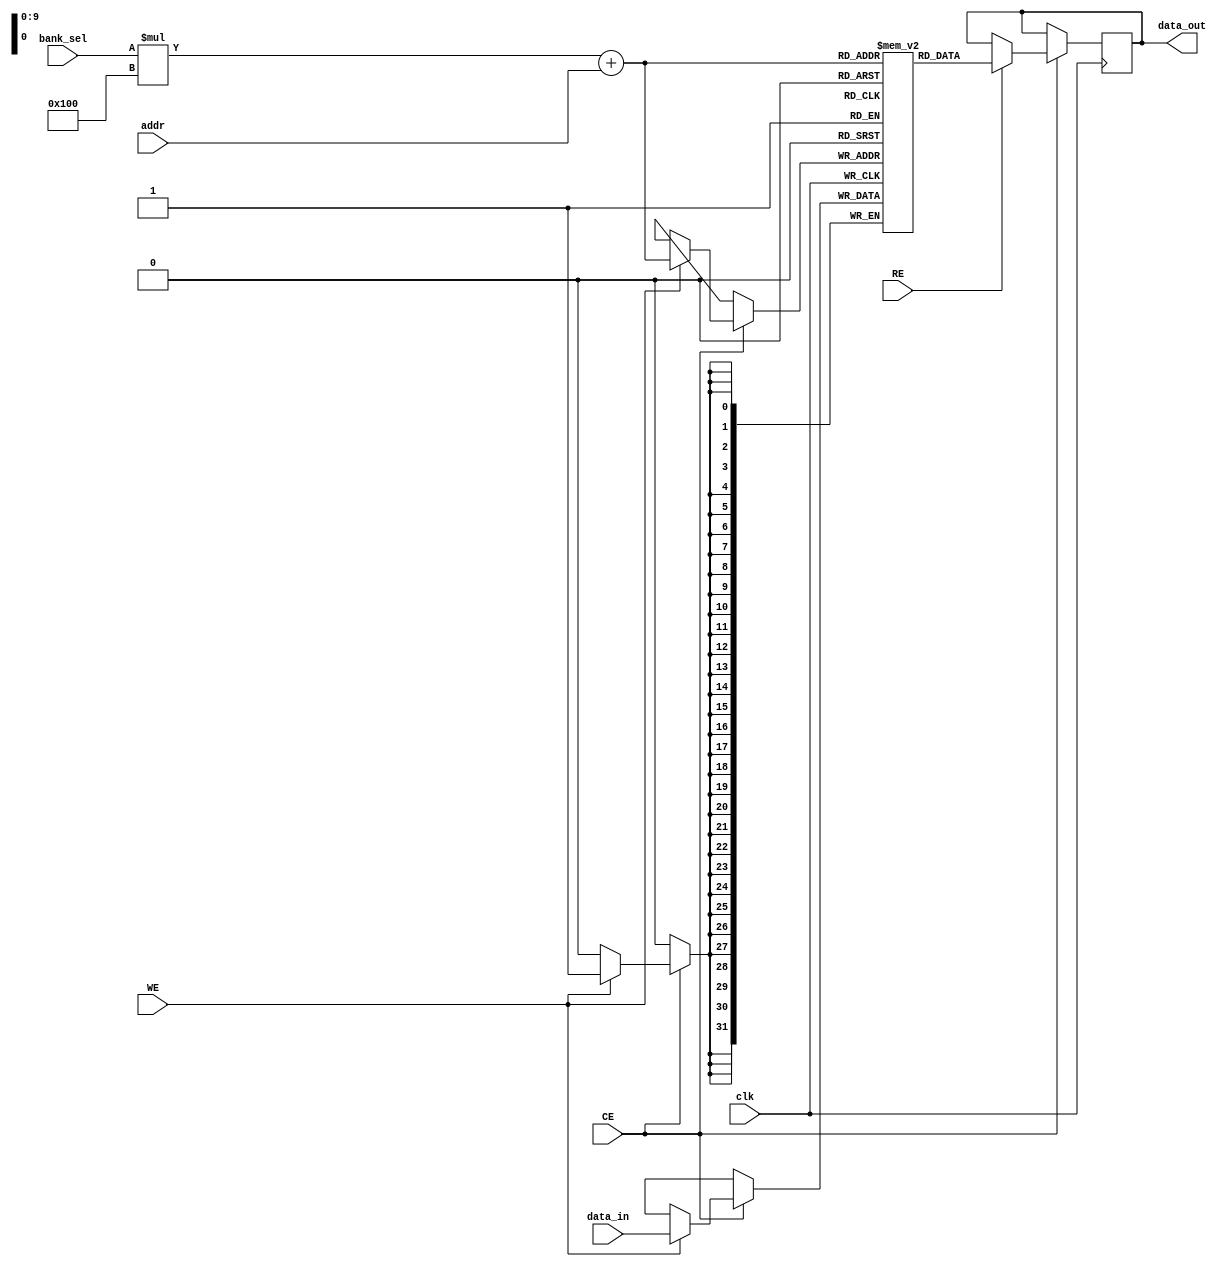
module Multibank_SRAM #(
    parameter NUM_BANKS = 4,      // Number of banks
    parameter ADDR_WIDTH = 8,      // Address width for word addressing
    parameter DATA_WIDTH = 32,      // Data width
    parameter BANK_SIZE = 256       // Number of words per bank
)(
    input wire clk,                // Clock signal
    input wire [NUM_BANKS-1:0] bank_sel, // Bank select signal
    input wire [ADDR_WIDTH-1:0] addr, // Word address within the bank
    input wire [DATA_WIDTH-1:0] data_in, // Data input for write operation
    input wire RE,                 // Read Enable
    input wire WE,                 // Write Enable
    input wire CE,                 // Chip Enable
    output reg [DATA_WIDTH-1:0] data_out // Data output for read operation
);

// Memory banks declaration
reg [DATA_WIDTH-1:0] memory [NUM_BANKS-1:0][BANK_SIZE-1:0];

// Read/Write operations
always @(posedge clk) begin
    if (CE) begin
        if (WE) begin
            // Write operation
            memory[bank_sel][addr] <= data_in;
        end
        if (RE) begin
            // Read operation
            data_out <= memory[bank_sel][addr];
        end
    end
end

endmodule